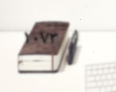
١٠٧٣